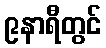
၉နာရီတွင်